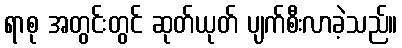
ရာစု အတွင်းတွင် ဆုတ်ယုတ် ပျက်စီးလာခဲ့သည်။